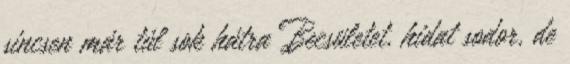
sincsen már túl sok hátra Becsületet, hidat sodor, de